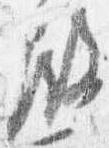
殿